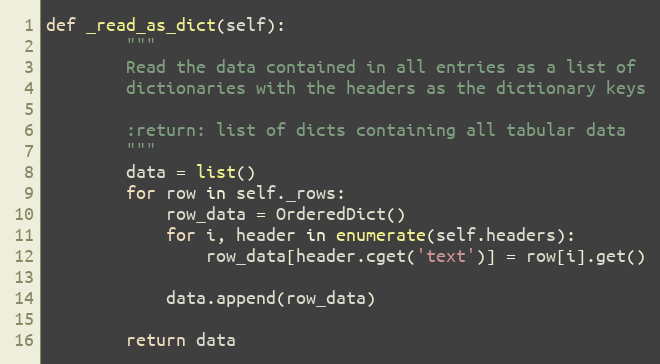
Language: Python
def _read_as_dict(self):
        """
        Read the data contained in all entries as a list of
        dictionaries with the headers as the dictionary keys

        :return: list of dicts containing all tabular data
        """
        data = list()
        for row in self._rows:
            row_data = OrderedDict()
            for i, header in enumerate(self.headers):
                row_data[header.cget('text')] = row[i].get()

            data.append(row_data)

        return data